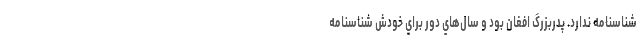
شناسنامه ندارد. پدربزرگ افغان بود و سال‌هاي دور براي خودش شناسنامه